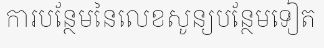
ការបន្ថែមនៃលេខសូន្យបន្ថែមទៀត